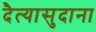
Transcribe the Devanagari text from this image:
दैत्‍यासुदाना